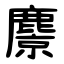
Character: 麖